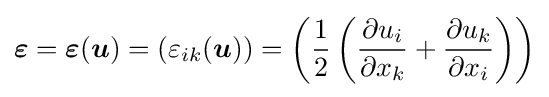
{\boldsymbol {\varepsilon }}={\boldsymbol {\varepsilon }}({\boldsymbol {u}})=\left(\varepsilon _{ik}({\boldsymbol {u}})\right)=\left({\frac {1}{2}}\left({\frac {\partial u_{i}}{\partial x_{k}}}+{\frac {\partial u_{k}}{\partial x_{i}}}\right)\right)